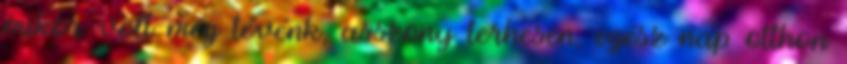
mikor volt még tévénk, asszony terhesen, egész nap otthon